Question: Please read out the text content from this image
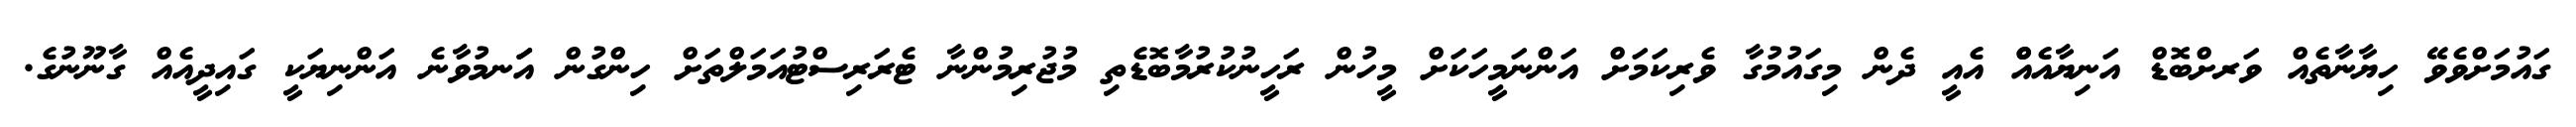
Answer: ގައުމަށްވެވޭ ހިޔާނާތެއް ވަރށްބޮޑް އަނިޔާއެއްް އެއީ ދެން މިގައުމުގާ ވެރިކަމަށް އަންނަމީހަކަށް މީހުން ރަހީނުކުރުމާބޮޑެތި މުޖުރިމުންނާ ޓެރަރިސްޓުއަމަލްތަށް ހިންގުން އަަނމުވާނެ އަންނިޔަކީ ގައިދީއެއް ގާނޫނުގެ.